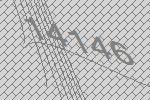
14146